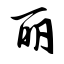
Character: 丽